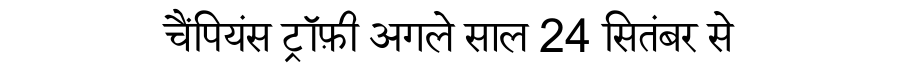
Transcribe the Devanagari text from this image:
चैंपियंस ट्रॉफ़ी अगले साल 24 सितंबर से